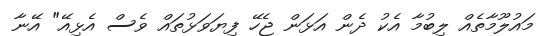
މައުލޫމާތެއް ލިބުމާ އެކު ދެން އަޅަން ޖެހޭ ފިޔަވަޅުތައް ވެސް އެޅިއޭ" އޭނާ